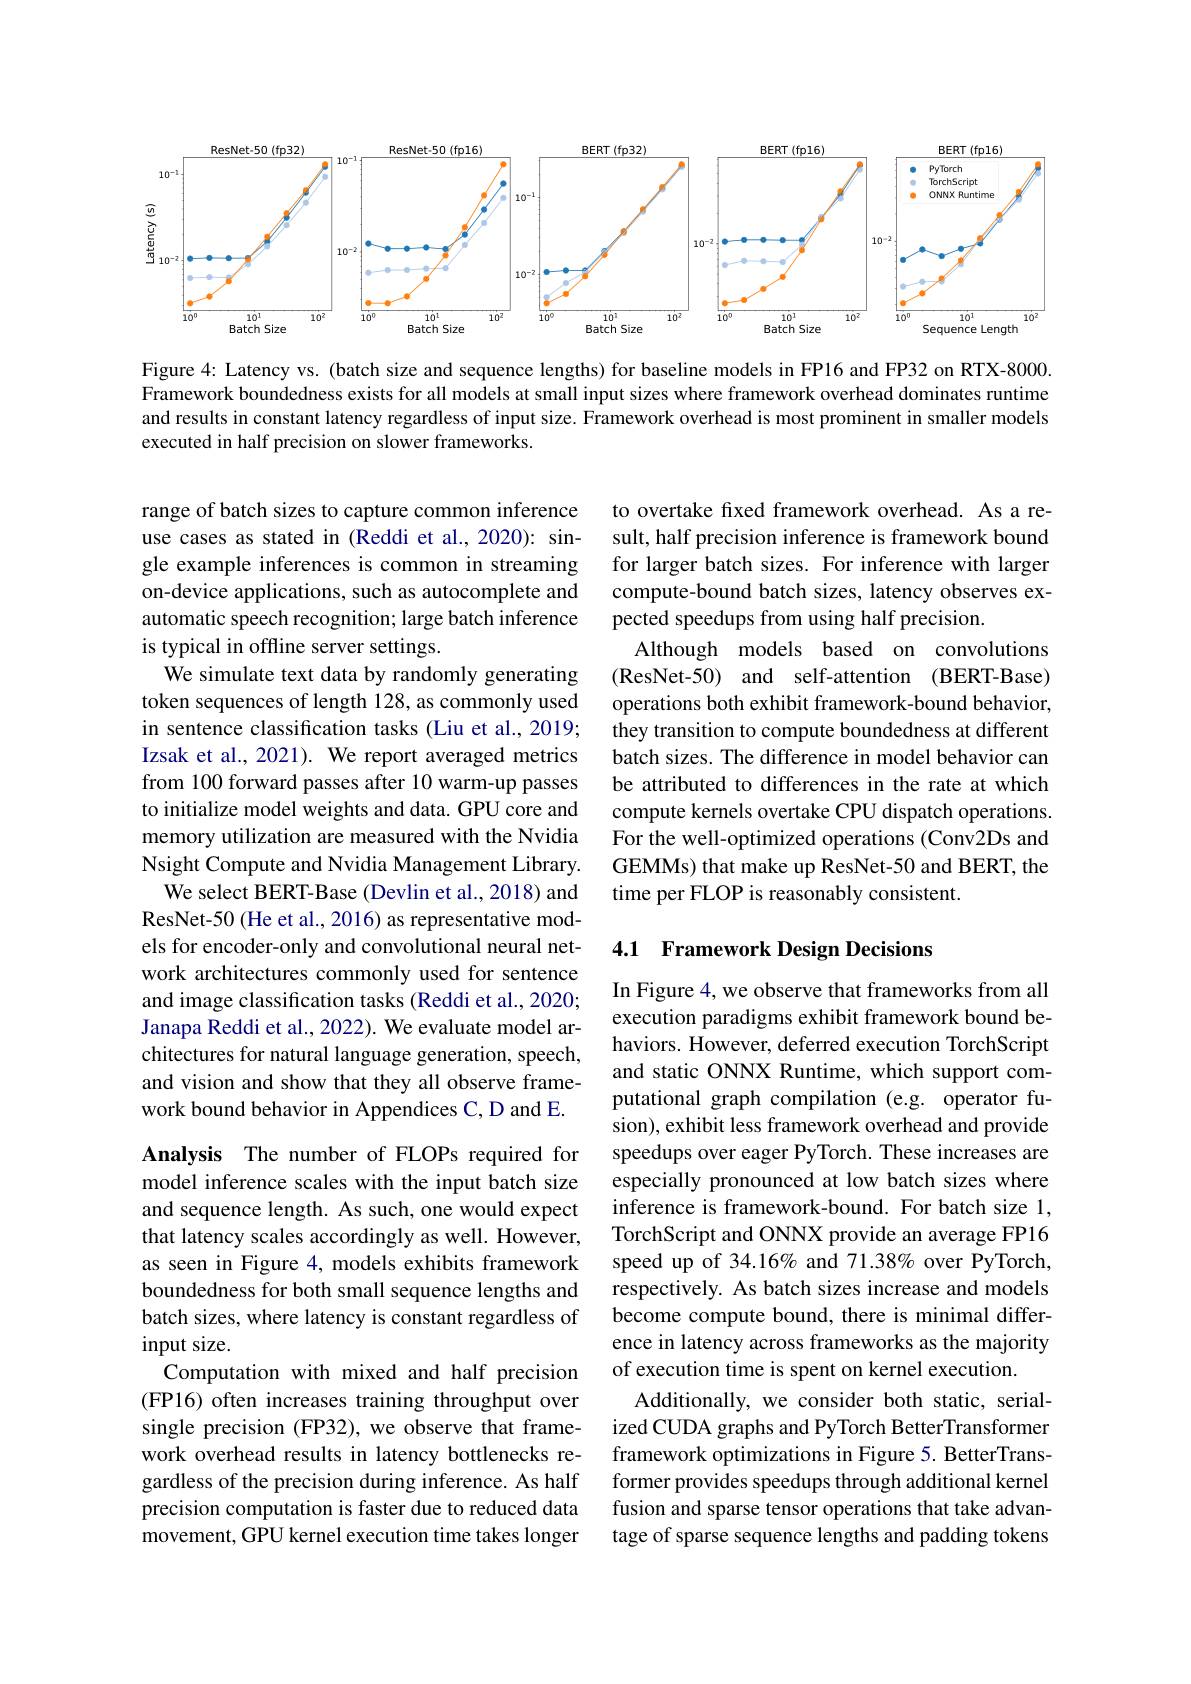
<FigureHere>

Figure 4: Latency vs. (batch size and sequence lengths) for baseline models in FP16 and FP32 on RTX-8000. Framework boundedness exists for all models at small input sizes where framework overhead dominates runtime and results in constant latency regardless of input size. Framework overhead is most prominent in smaller models executed in half precision on slower frameworks.

to overtake fxed framework overhead. As a result, half precision inference is framework bound for larger batch sizes. For inference with larger compute-bound batch sizes, latency observes expected speedups from using half precision.
Although models based on convolutions (ResNet-50) and self-attention (BERT-Base) operations both exhibit framework-bound behavior, they transition to compute boundedness at different batch sizes. The difference in model behavior can be attributed to differences in the rate at which compute kernels overtake CPU dispatch operations. For the well-optimized operations (Conv2Ds and GEMMs) that make up ResNet-50 and BERT, the time per FLOP is reasonably consistent.

### 4.1 Framework Design Decisions

range of batch sizes to capture common inference use cases as stated in (Reddi et al., 2020): single example inferences is common in streaming on-device applications, such as autocomplete and automatic speech recognition; large batch inference is typical in offline server settings.
We simulate text data by randomly generating token sequences of length 128, as commonly used in sentence classification tasks (Liu et al., 2019; Izsak et al., 2021). We report averaged metrics from 100 forward passes after 10 warm-up passes to initialize model weights and data. GPU core and memory utilization are measured with the Nvidia Nsight Compute and Nvidia Management Library.
We select BERT-Base (Devlin et al., 2018) and ResNet-50 (He et al., 2016) as representative models for encoder-only and convolutional neural network architectures commonly used for sentence and image classification tasks (Reddi et al., 2020; Janapa Reddi et al., 2022). We evaluate model architectures for natural language generation, speech, and vision and show that they all observe framework bound behavior in Appendices C, D and E. Analysis The number of FLOPs required for model inference scales with the input batch size and sequence length. As such, one would expect that latency scales accordingly as well. However, as seen in Figure 4, models exhibits framework boundedness for both small sequence lengths and batch sizes, where latency is constant regardless of input size.
Computation with mixed and half precision (FP16) often increases training throughput over single precision (FP32), we observe that framework overhead results in latency bottlenecks regardless of the precision during inference. As half precision computation is faster due to reduced data movement, GPU kernel execution time takes longer

In Figure 4, we observe that frameworks from all execution paradigms exhibit framework bound behaviors. However, deferred execution TorchScript and static ONNX Runtime, which support computational graph compilation (e.g. operator fusion), exhibit less framework overhead and provide speedups over eager PyTorch. These increases are especially pronounced at low batch sizes where inference is framework-bound. For batch size 1, TorchScript and ONNX provide an average FP16 speed up of 34.16% and 71.38% over PyTorch, respectively. As batch sizes increase and models become compute bound, there is minimal difference in latency across frameworks as the majority of execution time is spent on kernel execution.
Additionally, we consider both static, serialized CUDA graphs and PyTorch BetterTransformer framework optimizations in Figure 5. BetterTransformer provides speedups through additional kernel fusion and sparse tensor operations that take advantage of sparse sequence lengths and padding tokens